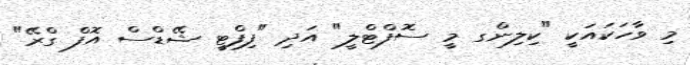
މި ވާހަކައަކީ "ކިލިންގ މީ ސޮފްޓްލީ" އަދި "ފިފްޓީ ޝޭޑްސް އޮފް ގްރޭ"